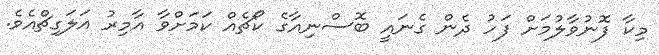
މިކާ ފޮނުވާލުމަށް ފަހު ދެން ގެނައީ ބޮސްނިއާގެ ކޯޗެއް ކަމަށްވާ އާމިރު އަލަގިޗްއެވެ.